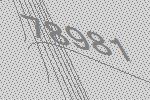
78981